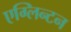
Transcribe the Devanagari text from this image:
एग्लिन्टन